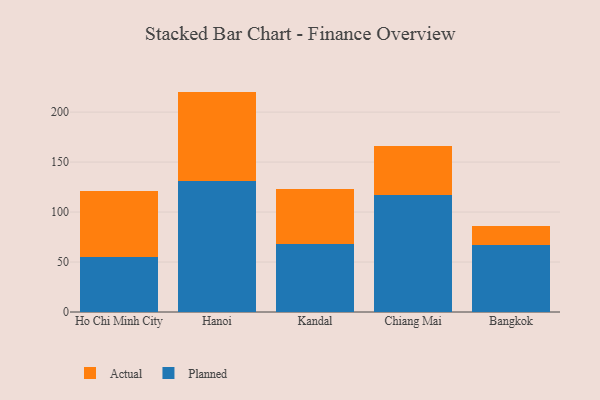
{"axis": {"x": "City", "y": "Inventory Turnover"}, "legend": ["Actual", "Planned"], "data": [{"x": "Ho Chi Minh City", "y": 54.6, "type": "Planned"}, {"x": "Ho Chi Minh City", "y": 66.5, "type": "Actual"}, {"x": "Hanoi", "y": 130.9, "type": "Planned"}, {"x": "Hanoi", "y": 89.6, "type": "Actual"}, {"x": "Kandal", "y": 68.0, "type": "Planned"}, {"x": "Kandal", "y": 55.4, "type": "Actual"}, {"x": "Chiang Mai", "y": 117.2, "type": "Planned"}, {"x": "Chiang Mai", "y": 49.1, "type": "Actual"}, {"x": "Bangkok", "y": 66.9, "type": "Planned"}, {"x": "Bangkok", "y": 19.3, "type": "Actual"}]}